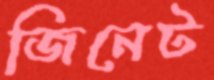
জিনেট